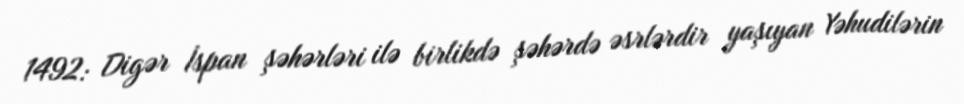
1492: Digər İspan şəhərləri ilə birlikdə şəhərdə əsrlərdir yaşıyan Yəhudilərin